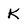
Character: K